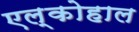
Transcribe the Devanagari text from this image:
एल्कोहाल